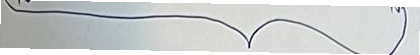
}